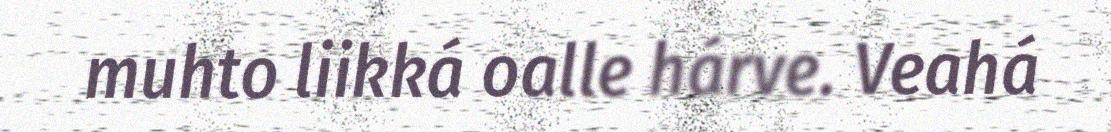
muhto liikká oalle hárve. Veahá